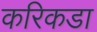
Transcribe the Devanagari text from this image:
करिकडा